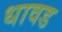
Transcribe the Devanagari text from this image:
धावड